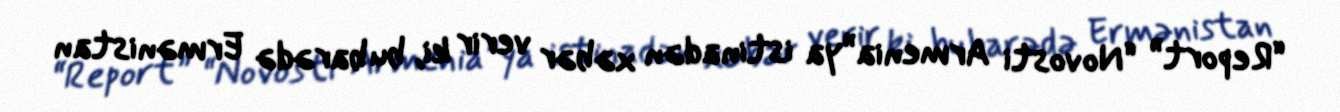
“Report” “Novosti Armenia”ya istinadən xəbər verir ki, bu barədə Ermənistan